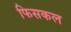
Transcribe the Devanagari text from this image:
फिसकल